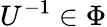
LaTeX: U^{-1}\in\Phi